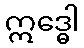
ဣဒ္ဓေါ